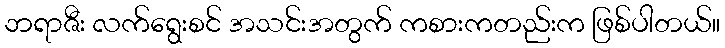
ဘရာဇီး လက်ရွေးစင် အသင်းအတွက် ကစားကတည်းက ဖြစ်ပါတယ်။